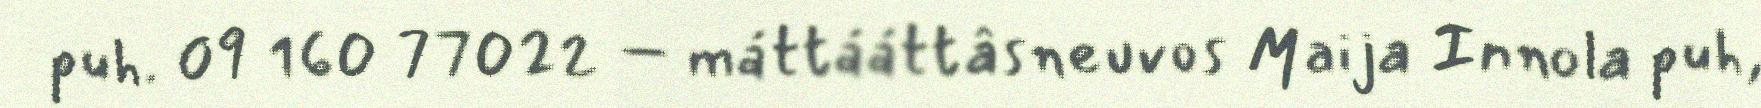
puh. 09 160 77022 – máttááttâsneuvos Maija Innola puh,